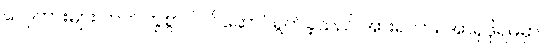
လှေကားများ တက်ကြွစွာပါဝင်ဆောင်ရွက်ခဲ့သည် အားရလား အာရှဖိုရမ်မှာ